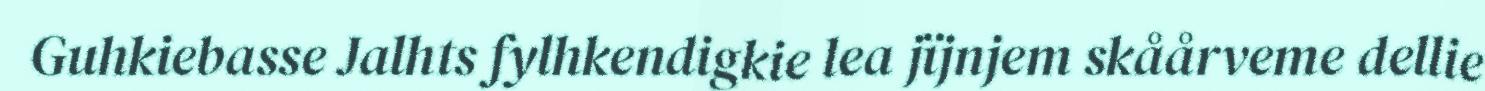
Guhkiebasse Jalhts fylhkendigkie lea jïjnjem skåårveme dellie